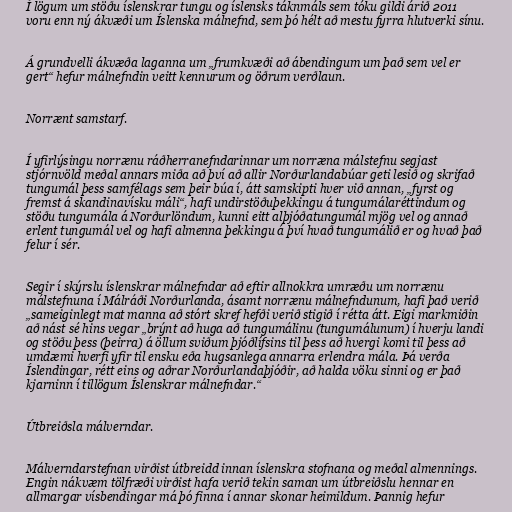
Í lögum um stöðu íslenskrar tungu og íslensks táknmáls sem tóku gildi árið 2011
voru enn ný ákvæði um Íslenska málnefnd, sem þó hélt að mestu fyrra hlutverki sínu.

Á grundvelli ákvæða laganna um „frumkvæði að ábendingum um það sem vel er
gert“ hefur málnefndin veitt kennurum og öðrum verðlaun.

Norrænt samstarf.

Í yfirlýsingu norrænu ráðherranefndarinnar um norræna málstefnu segjast
stjórnvöld meðal annars miða að því að allir Norðurlandabúar geti lesið og skrifað
tungumál þess samfélags sem þeir búa í, átt samskipti hver við annan, „fyrst og
fremst á skandinavísku máli“, hafi undirstöðuþekkingu á tungumálaréttindum og
stöðu tungumála á Norðurlöndum, kunni eitt alþjóðatungumál mjög vel og annað
erlent tungumál vel og hafi almenna þekkingu á því hvað tungumálið er og hvað það
felur í sér.

Segir í skýrslu íslenskrar málnefndar að eftir allnokkra umræðu um norrænu
málstefnuna í Málráði Norðurlanda, ásamt norrænu málnefndunum, hafi það verið
„sameiginlegt mat manna að stórt skref hefði verið stigið í rétta átt. Eigi markmiðin
að nást sé hins vegar „brýnt að huga að tungumálinu (tungumálunum) í hverju landi
og stöðu þess (þeirra) á öllum sviðum þjóðlífsins til þess að hvergi komi til þess að
umdæmi hverfi yfir til ensku eða hugsanlega annarra erlendra mála. Þá verða
Íslendingar, rétt eins og aðrar Norðurlandaþjóðir, að halda vöku sinni og er það
kjarninn í tillögum Íslenskrar málnefndar.“

Útbreiðsla málverndar.

Málverndarstefnan virðist útbreidd innan íslenskra stofnana og meðal almennings.
Engin nákvæm tölfræði virðist hafa verið tekin saman um útbreiðslu hennar en
allmargar vísbendingar má þó finna í annar skonar heimildum. Þannig hefur